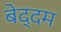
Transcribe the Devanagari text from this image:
बेद्दम